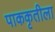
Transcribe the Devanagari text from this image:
पाककृतीला